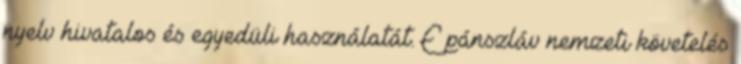
nyelv hivatalos és egyedüli használatát. E pánszláv nemzeti követelés